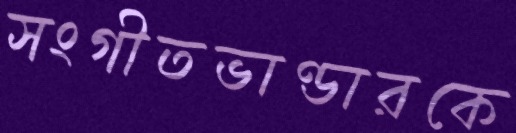
সংগীতভাণ্ডারকে